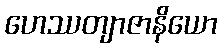
ဟေဿတျာဇာနိယော